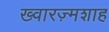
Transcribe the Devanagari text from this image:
ख्वारज़्मशाह